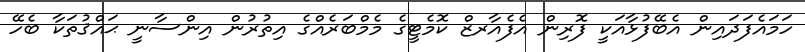
ހަމައެފަދައިން އެބޭފުޅާއަކީ ފޮރިން އެފެއާރޒް ކޮމެޓީގެ މެމްބަރެއްގެ އިތުރުން އިންސާނީ ޙައްޤުތަކާ ބެހޭ